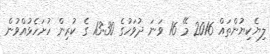
ލިޔެކިޔުންތައް 2016 މޭ 16 ވަނަ ދުވަހުގެ 13:30 ގެ ކުރިން ހުށަހެޅުއްވުން